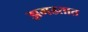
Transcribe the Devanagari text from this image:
झगडतात